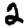
Digit: 2